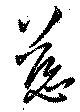
慈